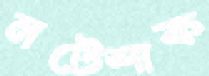
নটেশাক